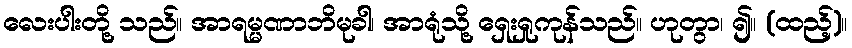
လေးပါးတို့ သည်။ အာရမ္မဏာဘိမုခါ၊ အာရုံသို့ ရှေးရှုကုန်သည်။ ဟုတွာ၊ ၍။ (ထည့်)။